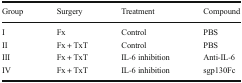
<table><thead><tr><td><b>Group</b></td><td><b>Surgery</b></td><td><b>Treatment</b></td><td><b>Compound</b></td></tr></thead><tbody><tr><td>I</td><td>Fx</td><td>Control</td><td>PBS</td></tr><tr><td>II</td><td>Fx + TxT</td><td>Control</td><td>PBS</td></tr><tr><td>III</td><td>Fx + TxT</td><td>IL-6 inhibition</td><td>Anti-IL-6</td></tr><tr><td>IV</td><td>Fx + TxT</td><td>IL-6 inhibition</td><td>sgp130Fc</td></tr></tbody></table>